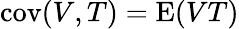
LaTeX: \operatorname{cov}(V,T)=\operatorname{E}(VT)